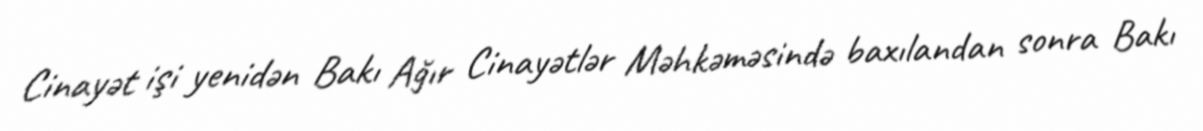
Cinayət işi yenidən Bakı Ağır Cinayətlər Məhkəməsində baxılandan sonra Bakı